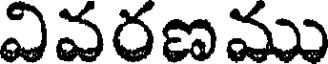
వివరణము